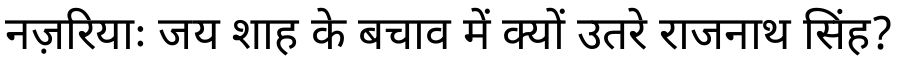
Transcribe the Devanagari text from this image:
नज़रियाः जय शाह के बचाव में क्यों उतरे राजनाथ सिंह?